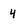
Character: 4